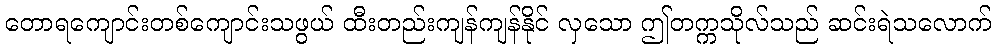
တောရကျောင်းတစ်ကျောင်းသဖွယ် ထီးတည်းကျန်ကျန်နိုင် လှသော ဤတက္ကသိုလ်သည် ဆင်းရဲသလောက်